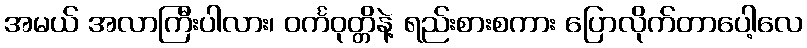
အမယ် အလာကြီးပါလား၊ ဝင်္ကဝုတ္တိနဲ့ ရည်းစားစကား ပြောလိုက်တာပေါ့လေ